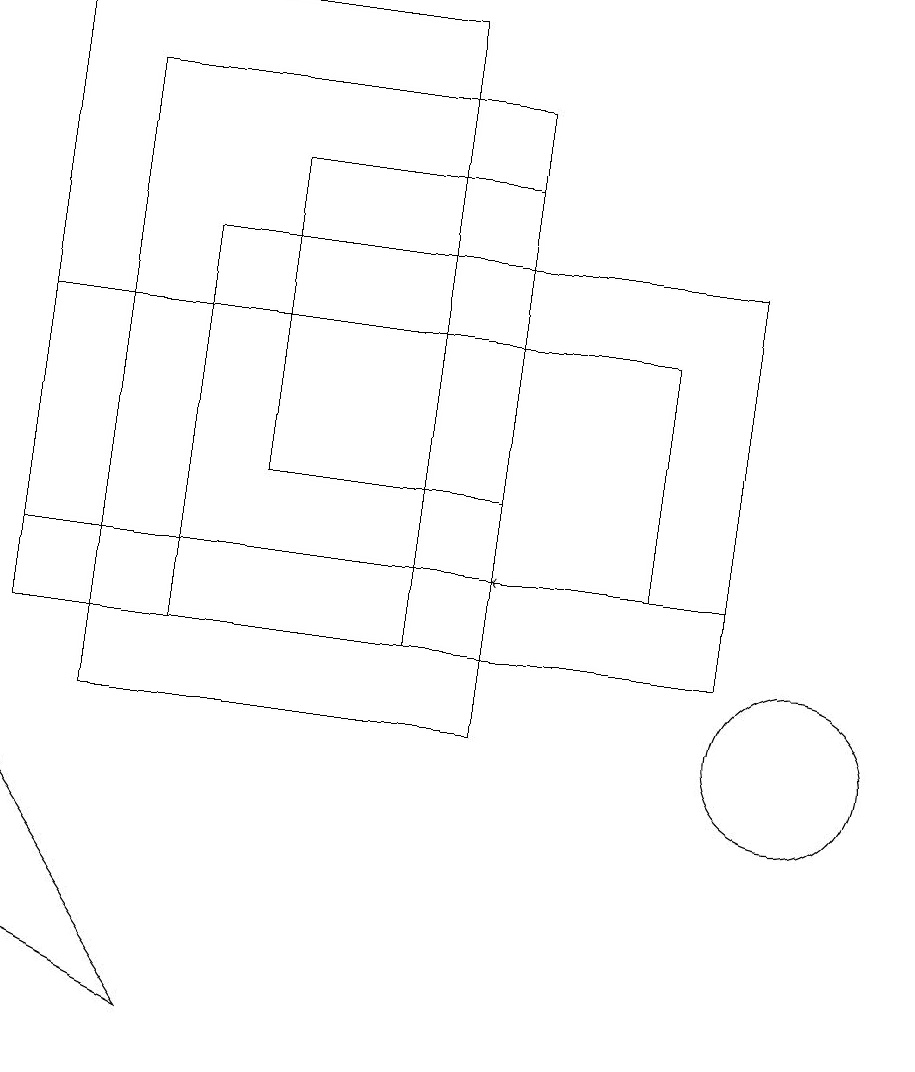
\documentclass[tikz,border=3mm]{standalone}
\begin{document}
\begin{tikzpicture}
\draw (10,10) circle (1);
\draw[->] (9,12) -- (6,12);
\draw (3,17) rectangle (6,13);
\draw (6,18) rectangle (1,10);
\draw (2,11) rectangle (9,16);
\draw (0,12) rectangle (8,15);
\draw (2,6) -- (0,7) -- (0,9) -- cycle;
\draw (5,19) rectangle (0,11);
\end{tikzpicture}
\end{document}